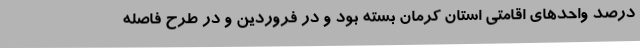
درصد واحدهای اقامتی استان کرمان بسته بود و در فروردین و در طرح فاصله